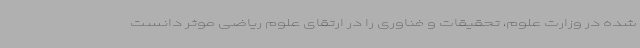
شده در وزارت علوم، تحقیقات و فناوری را در ارتقای علوم ریاضی موثر دانست